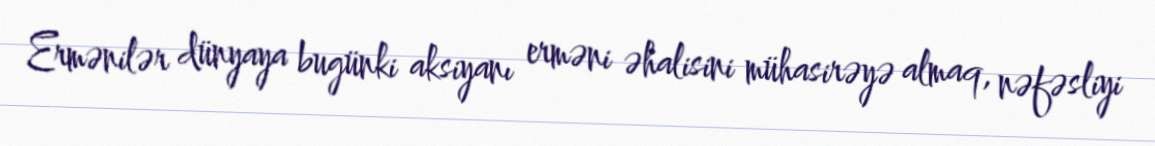
Ermənilər dünyaya bugünki aksiyanı erməni əhalisini mühasirəyə almaq, nəfəsliyi